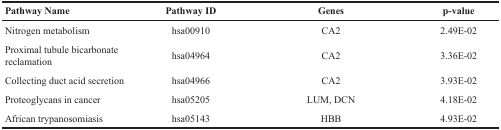
<table><thead><tr><td><b>Pathway Name</b></td><td><b>Pathway ID</b></td><td><b>Genes</b></td><td><b>p-value</b></td></tr></thead><tbody><tr><td>Nitrogen metabolism</td><td>hsa00910</td><td>CA2</td><td>2.49E-02</td></tr><tr><td>Proximal tubule bicarbonate reclamation</td><td>hsa04964</td><td>CA2</td><td>3.36E-02</td></tr><tr><td>Collecting duct acid secretion</td><td>hsa04966</td><td>CA2</td><td>3.93E-02</td></tr><tr><td>Proteoglycans in cancer</td><td>hsa05205</td><td>LUM, DCN</td><td>4.18E-02</td></tr><tr><td>African trypanosomiasis</td><td>hsa05143</td><td>HBB</td><td>4.93E-02</td></tr></tbody></table>